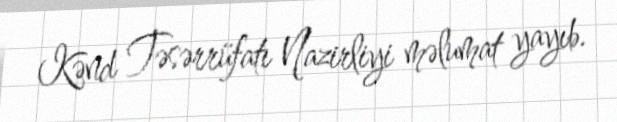
Kənd Təsərrüfatı Nazirliyi məlumat yayıb.